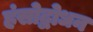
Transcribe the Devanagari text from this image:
हंसोद्बोधन